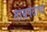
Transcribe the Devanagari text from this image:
ताम्रपटाचा